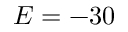
E = - 3 0